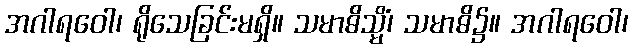
အဂါရဝေါ၊ ရိုသေခြင်းမရှိ။ သမာဓိသ္မိံ၊ သမာဓိ၌။ အဂါရဝေါ၊